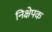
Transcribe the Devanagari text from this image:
निक्षेपक